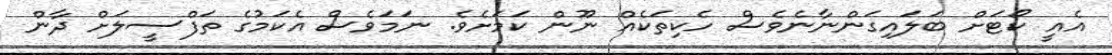
އެއީ ކޯޓަށް ބަލައިގަންނާނެވެސް ހެކިތަކެއް ނޫން ކަމަށެވެ. ނަމަވެސް އެކަމުގެ ތަފްސީލަށް ދާން